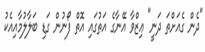
"ދެން ގެއަށްތަ ދަނީ" ޢިޒްވާ އޭނާގެ އަތުގައި އޮތް ފޯނުން ގަޑި ބަލާލުމާއިއެކު